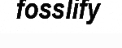
fosslify